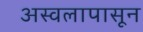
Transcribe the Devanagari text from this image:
अस्वलापासून